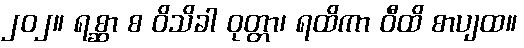
၂၀၂။ ရစ္ဆာ စ ဝိသိခါ ဝုတ္တာ၊ ရထိကာ ဝီထိ စာပျထ။